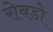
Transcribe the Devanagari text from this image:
रोबडो